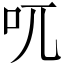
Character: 𠮾